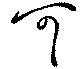
可